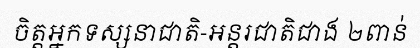
ចិត្តអ្នកទស្សនាជាតិ-អន្តរជាតិជាង ២ពាន់